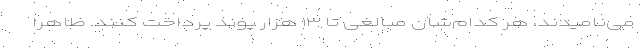
می‌نامیدند، هر کدام‌شان مبالغی تا ۱۳ هزار پوند پرداخت کنند. ظاهرا